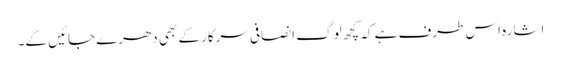
اشارہ اس طرف ہے کہ کچھ لوگ انصافی سرکار کے بھی دھرے جائیں گے۔